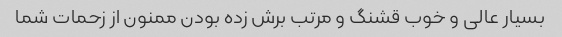
بسیار عالی و خوب قشنگ و مرتب برش زده بودن ممنون از زحمات شما